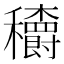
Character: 𥤏